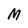
Character: M